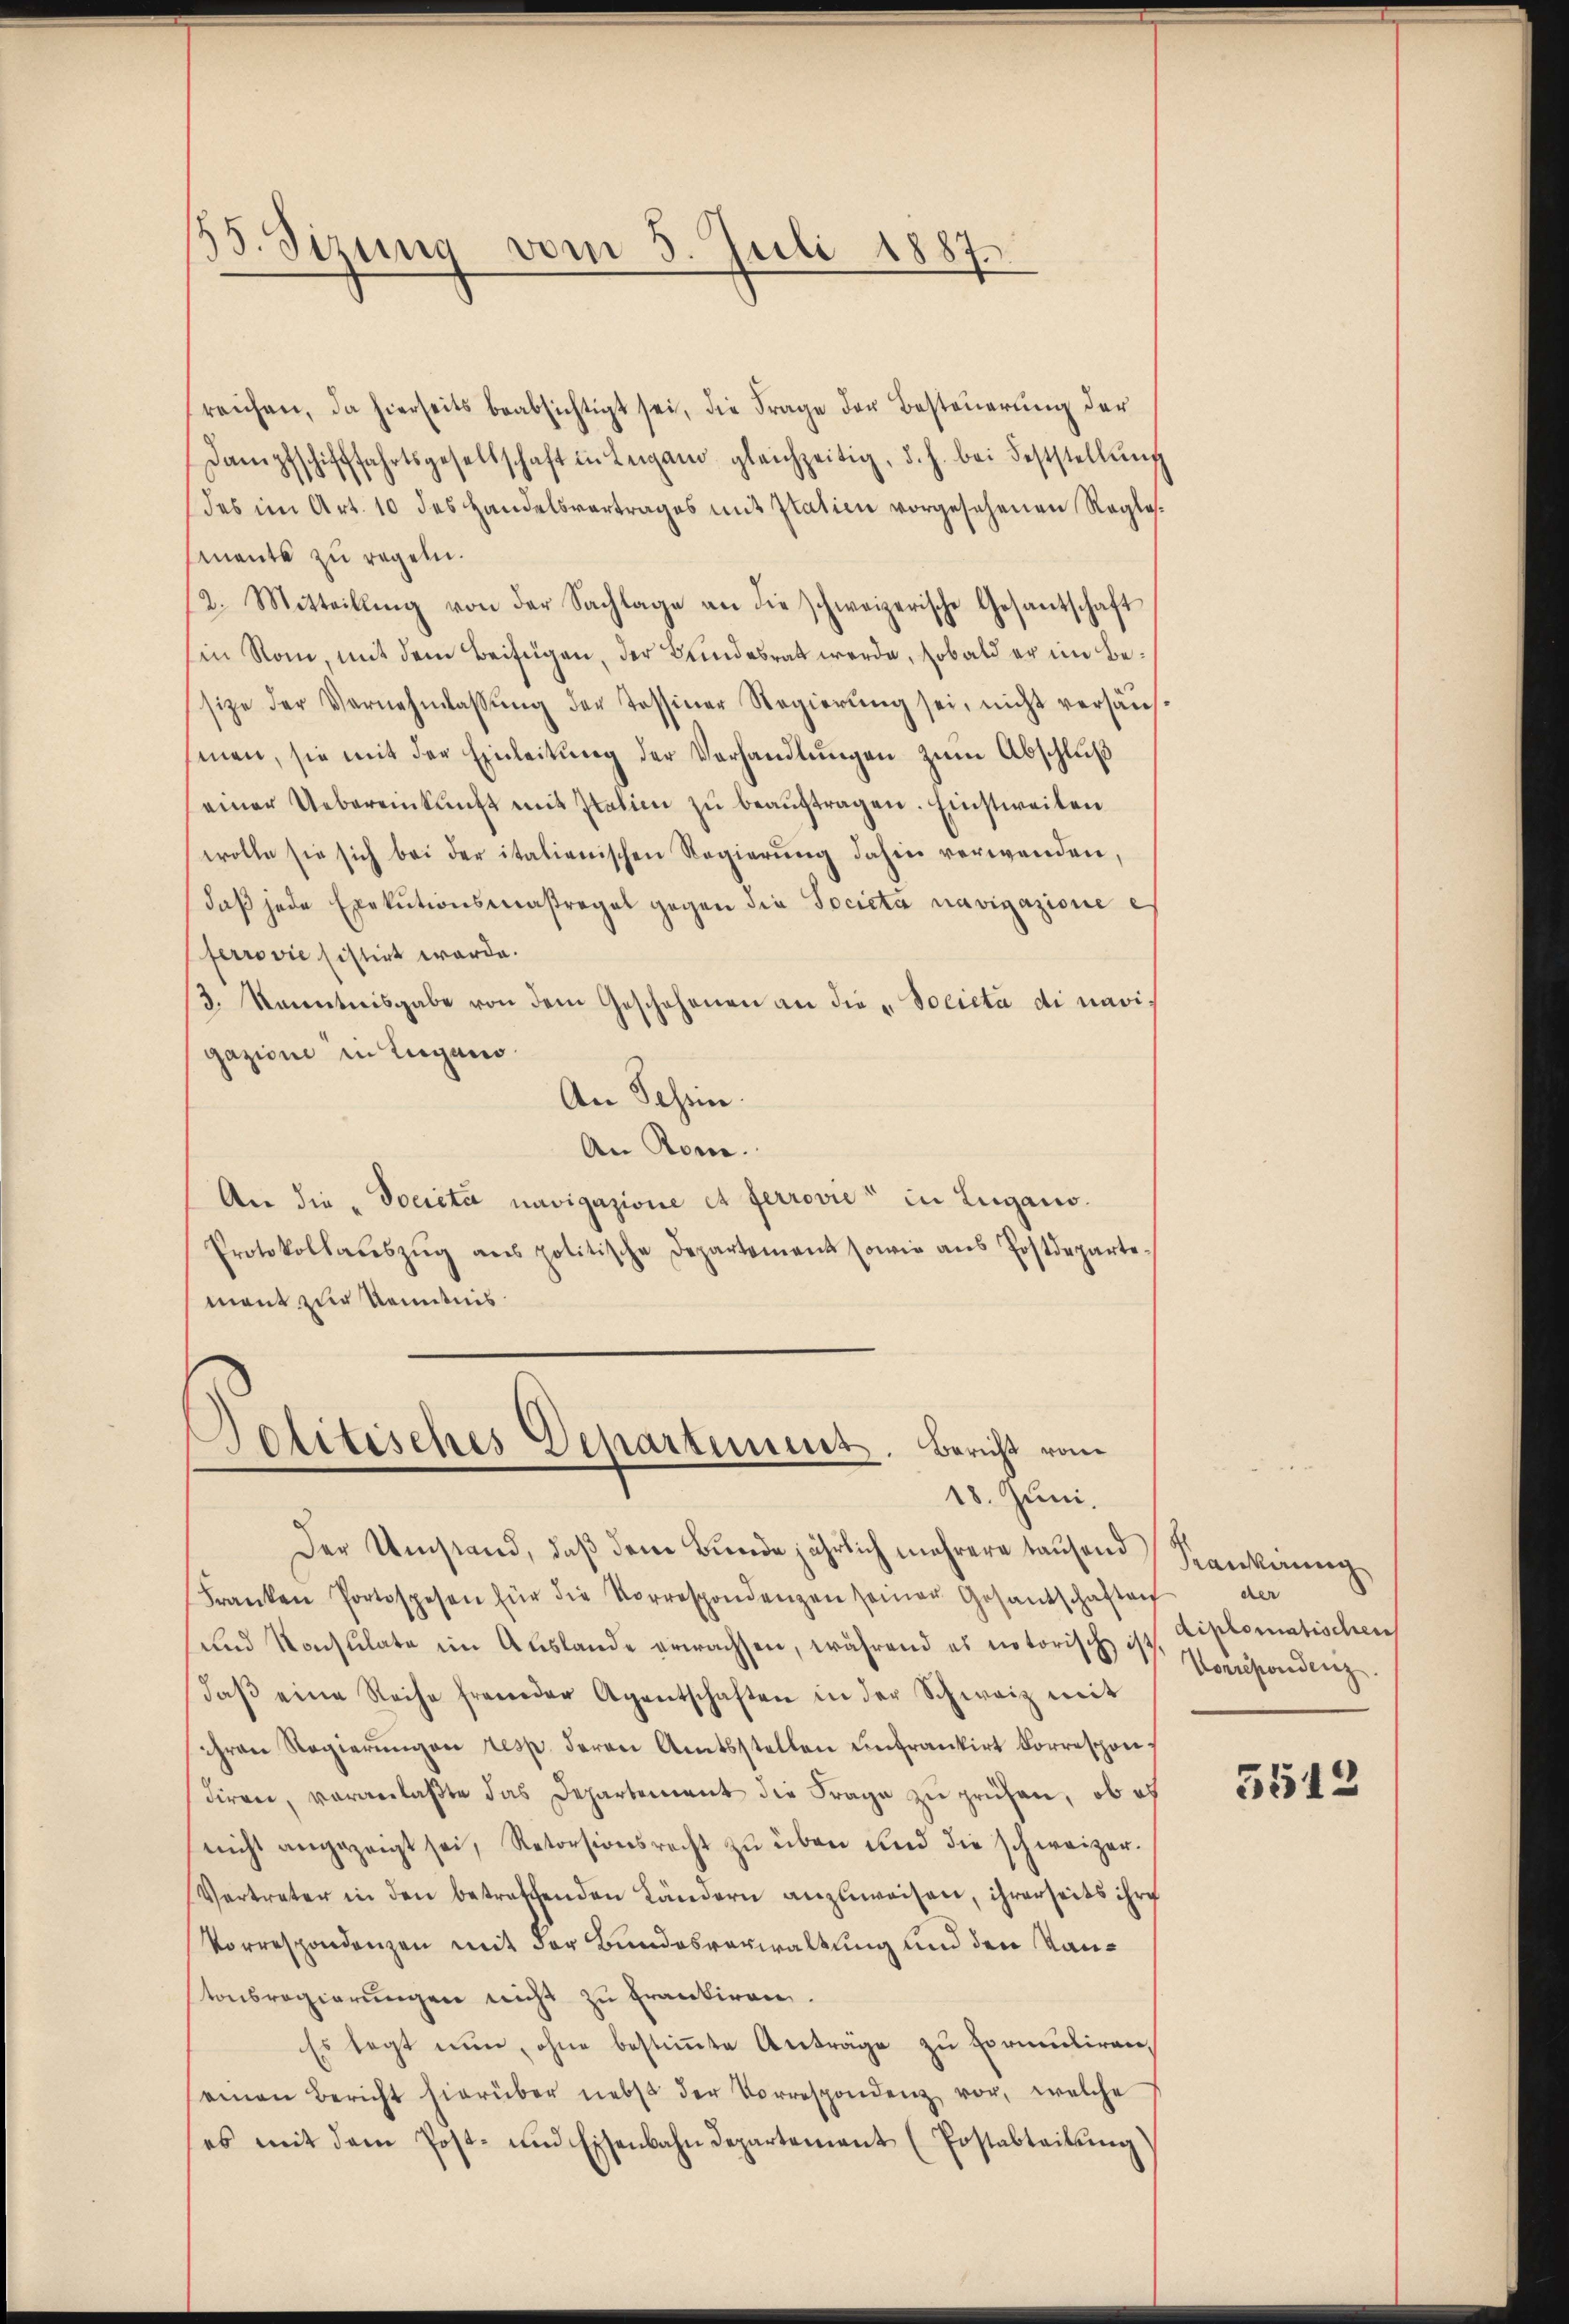
33. Sizung vom 5. Juli 1887

reichen, da hierseits beabsichtigt sei, die Frage der Besteuerung der
Dampfschifffahrtsgesellschaft in Leigano gleichzeitig, d. h. bei Feststellŭng
(des im Art. 10 des Handelsvertrages mit Italien vorgesehenen Reglemante zu regeln.
2. Mitteilling von der Sachlage an die schweizerische Gesantschaft
sin Rom, mit dem Beifügen, der Bundesrat werde, sobald er im Besize der Vernehmlassŭng der Tessiner Regierŭng sei, nicht versäŭs-
men, sie mit der Einleitŭng der Verhandlŭngen zum Abschluß
seiner Uebereinkunft mit Italien zu beauftragen. Einstweilen
wolle sie sich bei der italienischen Regierŭng dahin verwenden,
daβ jede Exekutionsmaßregel gegen die Societa navigazione e
ferrović sistirt werde.
3. kanntnisgabe von dem Geschehenen an die „Società di navigazioni in Lugano.
An Schein.
An Rom.
An die „Docieta navigazione et ferrović in Lugano.
Protokollaŭszŭg ans politische Departement sowie aŭs Postdeparte-
ment zur Kenntnis

Jolitisches Departement. Bericht vom
18. Juni.

Der Umstand, daß dem Bunde jährlich mehrere tausend
Franken Portospesen für die Korrespondenzen seiner Gesandschaften
und Konsulate im Auslande erwachsen, während es notorisch ist. Diplomatischen
daβ eine Reihe fremder Agentschaften in der Schweiz mit
hren Regierŭngen resp. deren Amtsstellen entrankirt korrespon-
diren, vorgelaste das Departement die Frage zu prüfen, ob es
nicht angezeigt sei, Retorsionsrecht zŭ über und die schweizer.
Vertreter in den betreffenden Ländern anzŭweisen, ihrerseits ihre
Vorrespondenzen mit der Bundesverwaltung und den Kantonsregierungen nicht zu frantiren.
Es legt nun, ohne bestimmte Anträge zu formuliren,
seinen Bericht hierüber nebst der Vorrespondenz vor, welche
(es mit dem Post- und Eisenbahndepartement (Postabteilŭng

Kaukerung
der
Vorreporidenz.

3512